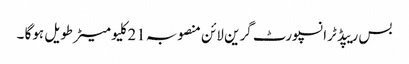
بس ریپڈ ٹرانسپورٹ گرین لائن منصوبہ 21کلیو میٹر طویل ہوگا ۔